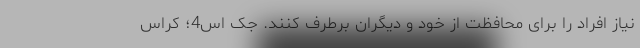
نیاز افراد را برای محافظت از خود و دیگران برطرف کنند. جک اس4؛ کراس